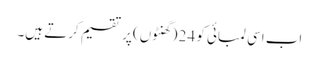
اب اسی لمبائی کو 24 (گھنٹوں) پر تقسیم کرتے ہیں۔